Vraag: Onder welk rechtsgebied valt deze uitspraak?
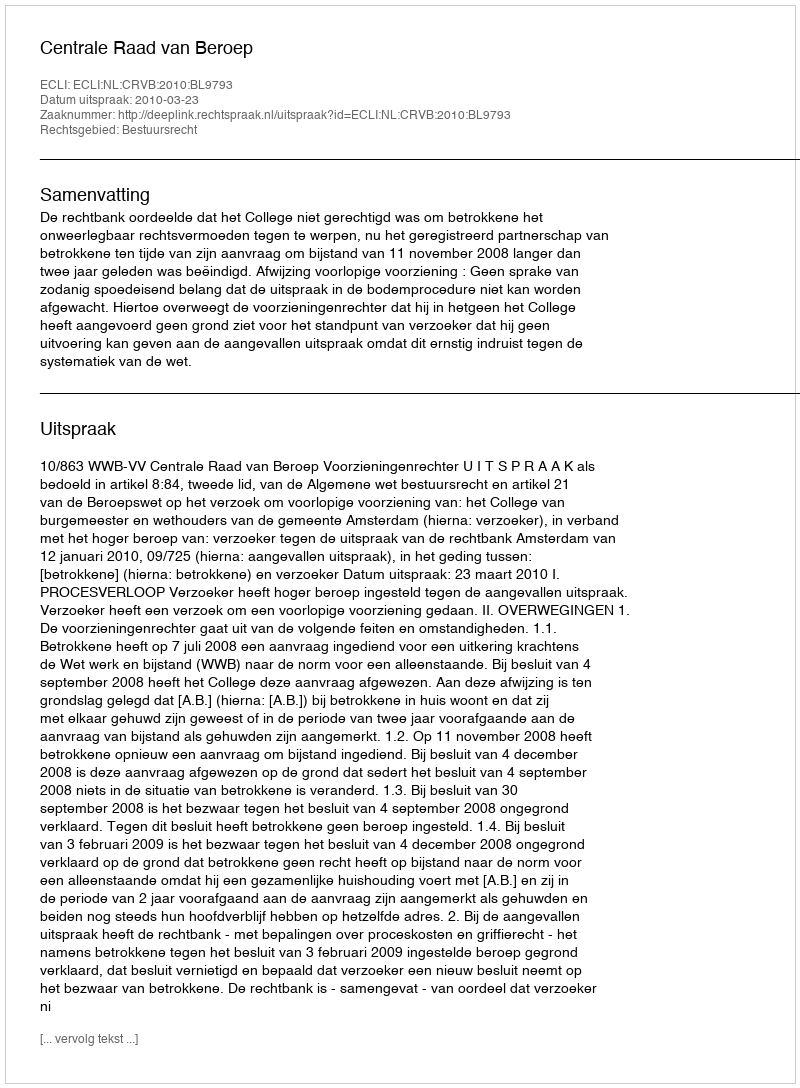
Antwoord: Bestuursrecht